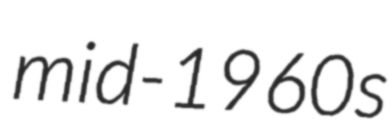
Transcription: mid-1960s